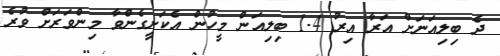
ދެ ބިލިއަނަށް އަރާ އިރު 1.4 ބިލިއަން މީހުން އެކަށީގެންވާ މިންވަރަށް ވުރެ